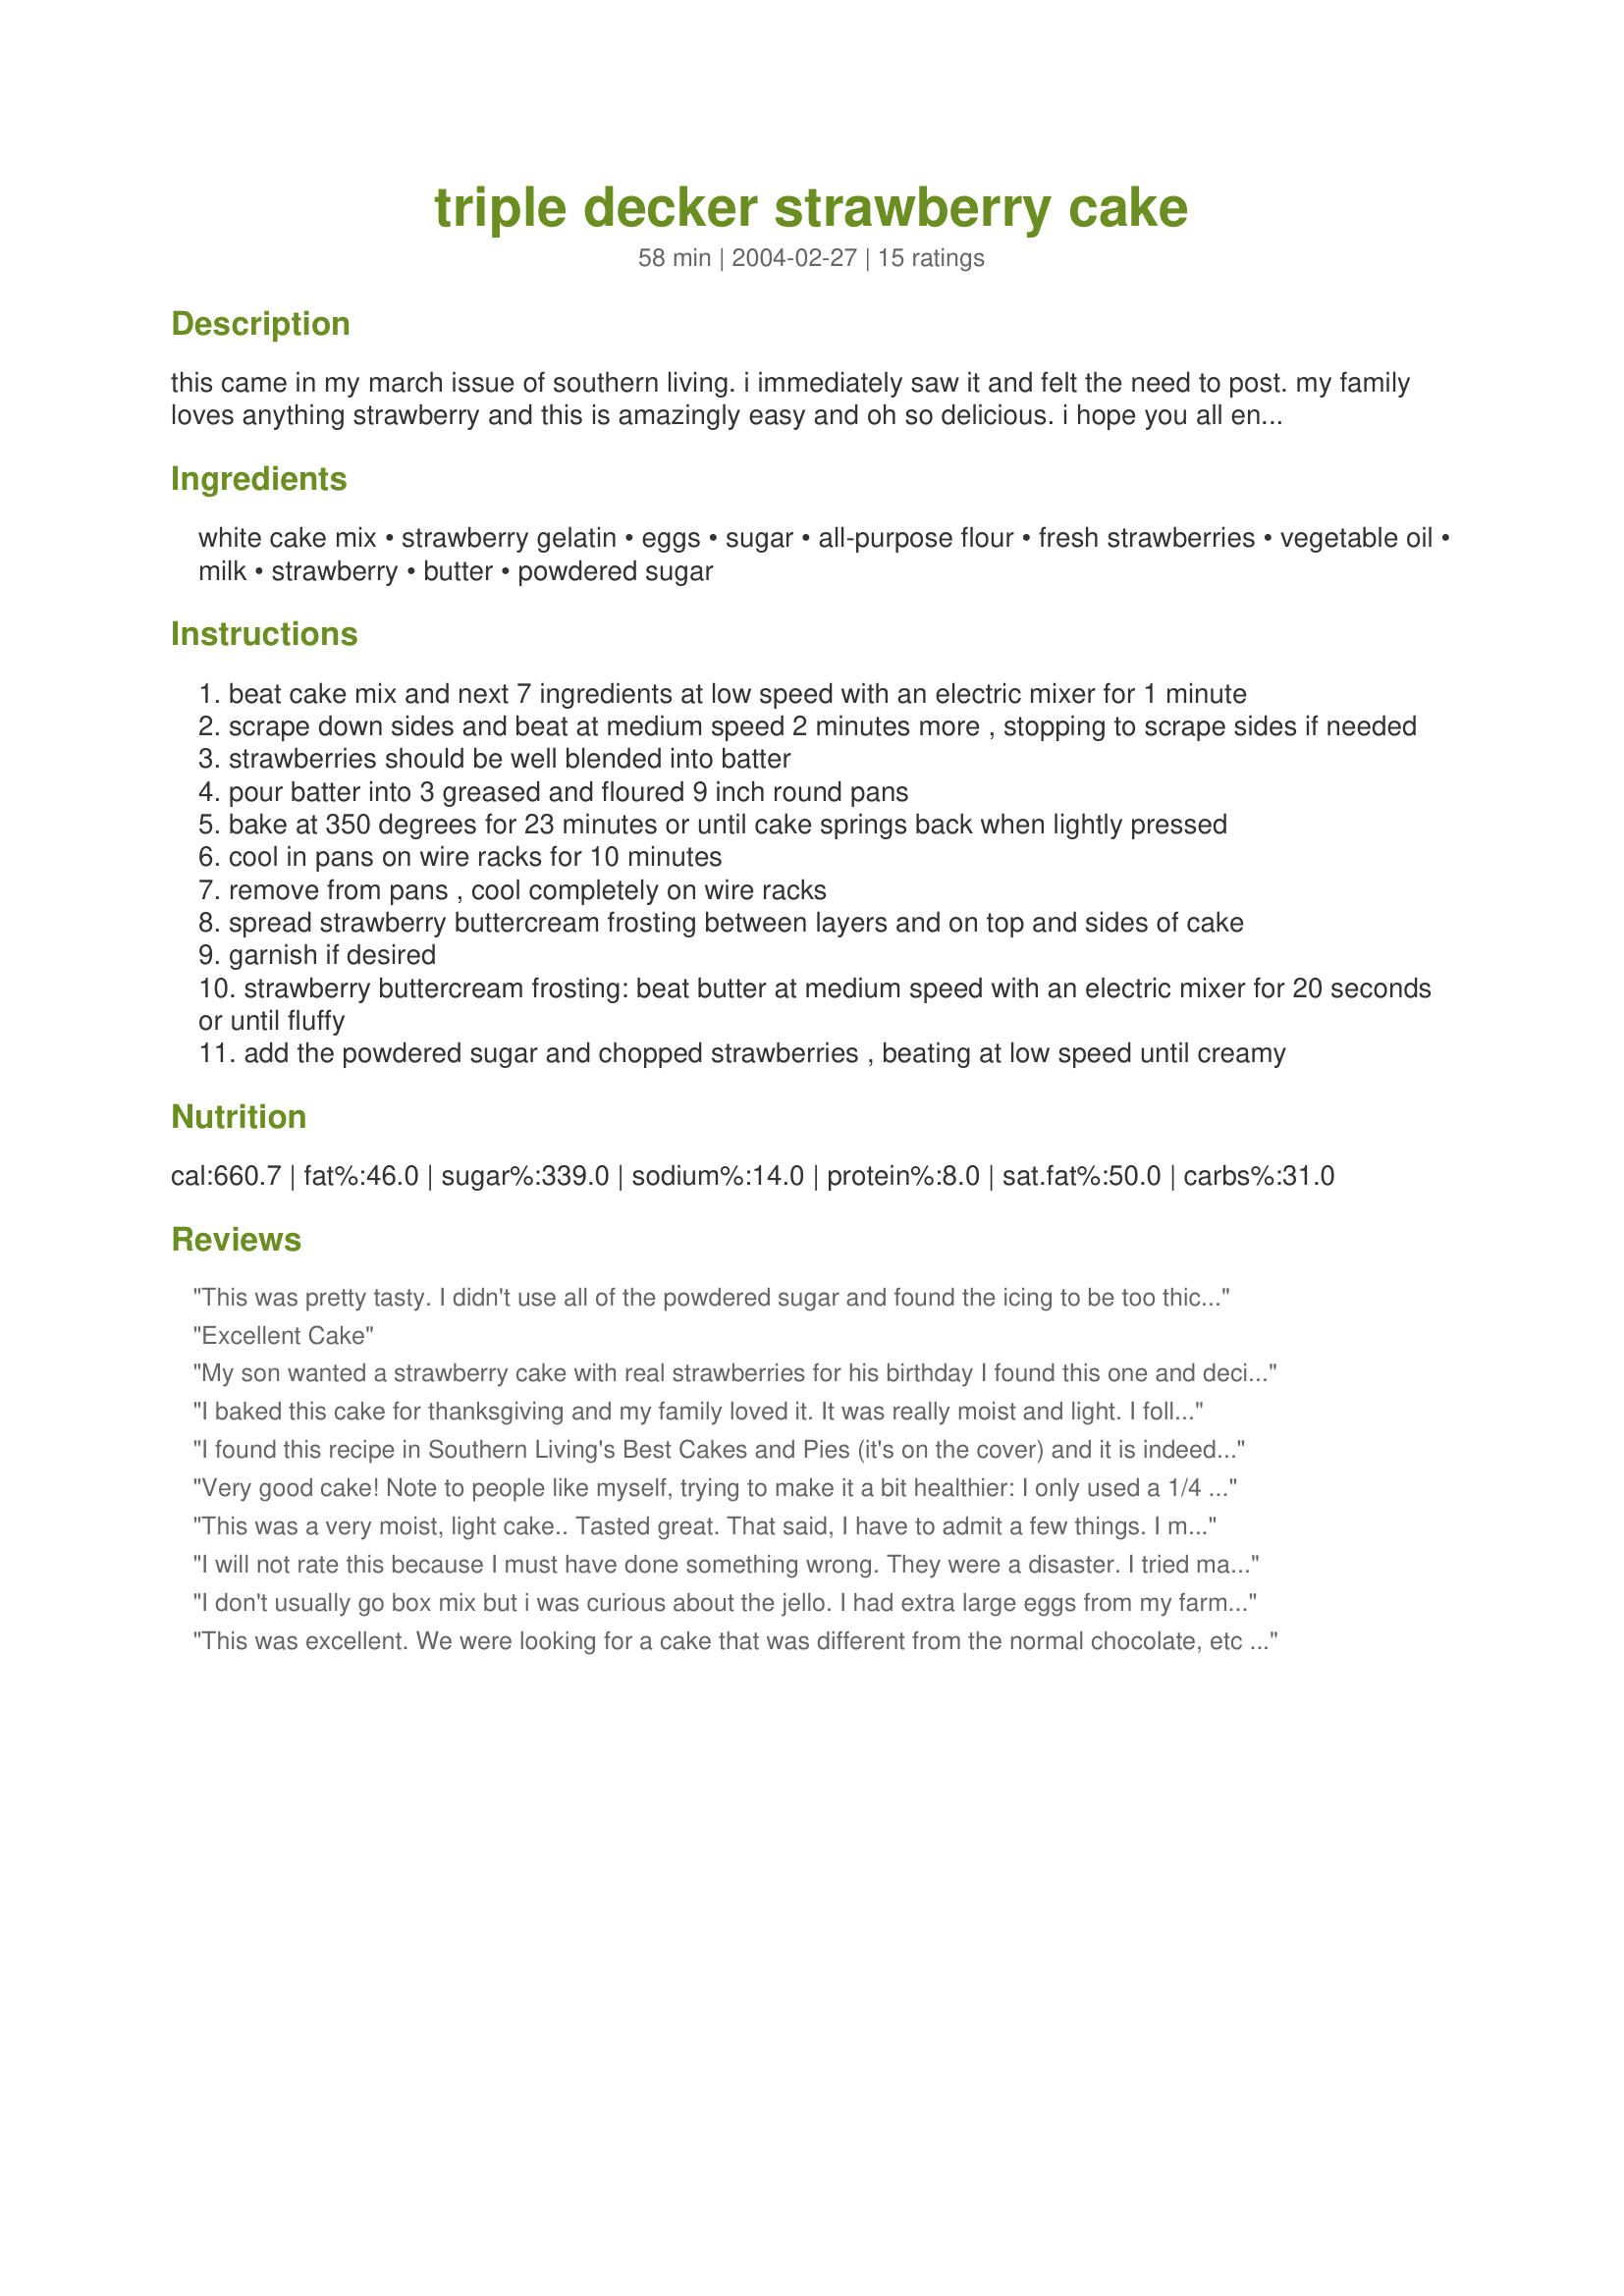
triple decker strawberry cake
Preparation time: 58 minutes

this came in my march issue of southern living. i immediately saw it and felt the need to post. my family loves anything strawberry and this is amazingly easy and oh so delicious. i hope you all enjoy it too!! i doubled the amount of frosting as they did in the magazine.

Ingredients:
white cake mix, strawberry gelatin, eggs, sugar, all-purpose flour, fresh strawberries, vegetable oil, milk, strawberry, butter, powdered sugar

Steps:
beat cake mix and next 7 ingredients at low speed with an electric mixer for 1 minute
scrape down sides and beat at medium speed 2 minutes more , stopping to scrape sides if needed
strawberries should be well blended into batter
pour batter into 3 greased and floured 9 inch round pans
bake at 350 degrees for 23 minutes or until cake springs back when lightly pressed
cool in pans on wire racks for 10 minutes
remove from pans , cool completely on wire racks
spread strawberry buttercream frosting between layers and on top and sides of cake
garnish if desired
strawberry buttercream frosting: beat butter at medium speed with an electric mixer for 20 seconds or until fluffy
add the powdered sugar and chopped strawberries , beating at low speed until creamy

Reviews:
This was pretty tasty. I didn't use all of the powdered sugar and found the icing to be too thick. I added some cream cheese frosting I had and it worked fine. I didn't have fresh strawberries. Used frozen and worked fine. Took to a church function and everyone seemed to enjoy it. Had some left over, took to work and was enjoyed there as well. Thanks
Excellent Cake
My son wanted a strawberry cake with real strawberries for his birthday I found this one and decided to try it. We used frozen strawberries with the juice instead of fresh because fresh just weren't available. I also made a white chocolate whipped cream frosting to go on top (he asked for white frosting) instead of the frosting in this recipe. It was amazing and a huge hit at the party. Everyone raved about it. Usually there are leftovers but this cake was gone within the first day.
I baked this cake for thanksgiving and my family loved it. It was really moist and light. I followed the recipe to the tee all the way down to the freash strawberries. Although i did add cream cheese to the frosting and it was fantastic. I had a little left over and took it to work and now my co-working are bugging me about making another. As a matter of fact my little 5 year old sister still asks me about that pink cake I made on turkey day! I will be baking this cake again.
I found this recipe in Southern Living's Best Cakes and Pies (it's on the cover) and it is indeed a beautiful cake. It's very easy to make and bake and I love the flavor the fresh strawberries give to it. The only drawback for us is that it is super sweet. I'm sure it's the frosting that makes it so sweet so I think that next time I will frost either with a different frosting or with a lightly sweetened whipped cream and decorate with strawberries. The cake makes a really lovely presentation and would be a great addition to a shower or spring potluck. Thanks for posting!
Very good cake! Note to people like myself, trying to make it a bit healthier: I only used a 1/4 cup of oil, and 3/4 cups of fat-free sour cream, and it still came out very light and fluffy (just make sure you beat well). I also subbed Splenda for the sugar, and egg whites for the eggs. ALSO! If you&#039;re using a sugar-free Jello packet, keep in mind you only need ONE, not TWO. Two made it overly pungent. But the recipe was very good, and I have full intentions of keeping it on hand for the future.
This was a very moist, light cake.. Tasted great. That said, I have to admit a few things. I made this low sugar by using sugar free gelatin and Splenda. In addition, I do not care for frostings made from butter or shortening so I made this in a 9x13 pan and didn't frost it. I served it 1. plain 2. with whipped cream and 3. with sliced strawberries and whipped cream. We loved it all three ways.
I will not rate this because I must have done something wrong. They were a disaster. I tried making cupcakes and they stuck to the liners so bad you couldn't get it off. Half of them sunk. I got to taste a few by digging out the center and the taste of it was good. The frosting turned out awesome though. I will not use this recipe again.
I don't usually go box mix but i was curious about the jello. I had extra large eggs from my farmers market so i reduced it to three. My bake time worked out perfectly at 23 minutes in 3 9 inch cake pans. I had a few pounds of fresh strawberries on hand (beautiful AND on sale, irresistible!) so I went heavy on the fresh berries. I also had a bunch left which I pureed, and reduced down over medium high heat with a little more sugar to make a thick sticky berry compote which I used to fill between the layers. I cut the frosting in half and had just enough to cover the whole thing. This gave it more fresh berry taste. It was a very sweet finish to a healthy grilled late spring dinner party and it was a massive hit. I sent my guests home with some so I wouldn't be tempted to eat half a cake. Very yummy! Bravo!
This was excellent. We were looking for a cake that was different from the normal chocolate, etc .. This hot the spot! Great for strawberry lovers! 

I did find my cooking time for the cakes was much longer than the suggested time frame. I searched and found a recipe similar to this one and it called for a cook time of 33-35 minutes. This baking time was more suitable to me and my oven. Would make again!
 I made this cake for my sister's birthday last year.....just kept forgetting to review the thing, though I have been advertising it frequently. It is a spectacular cake that can look beautiful too! Followed the recipe just as written, as I remember. Give it a try, I don't think you'll regret it!
This was so good! I made this as a Valentine's Day treat for DH who has given up chocolate for lent. Thanks to Lori in Indiana for suggesting this in the "request a recipe" forum. I only had one cake pan so this took awhile for me to make but so worth the effort. Thanks for posting jb4!
I made this cake for a co-worker's birthday - she specifically asked for a strawberry cake. I must say I was leary when I saw how pink the cake looked in the picture, and it indeed is that pink; however, it was a fabulous cake! Extremely moist with a delicious strawberry flavor - no artificial taste. I did bake mine in 3, 8" pans and baked them for about 27 minutes. The frosting was extremely heavy, and I thinned it with some half-n-half. It was also very sweet, so I only ended up using half of the recipe, and spread it between the layers and on top, and instead of frosting the sides, I let some of the frosting drip down the sides. I then cut up fresh strawberries and put them on top of the cake slices - it was a delightful change from the usual chocolate or white cake!
Had this for Easter...everyone loved it!
If I could give this more than five stars I surely would:)This is one fantastic cake.It tastes as if it is entirely from scratch.I did cook longer also-33 to 35 mins but that was the only change. I used the strawberries in the frosting so I had a lovely pink on pink cake:)My DH who normally does not care for cakes--LOVED--this cake. The one lucky soul who was given a piece of this cake-said "Tremendous".Very moist and full of flavor. Will be repeated often, maybe at Easter!Thanks!PeggyLyn
